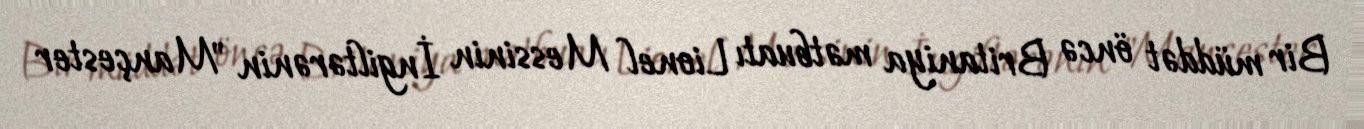
Bir müddət öncə Britaniya mətbuatı Lionel Messinin İngiltərənin "Mançester